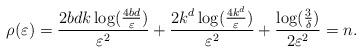
LaTeX: \begin{align*} \rho(\varepsilon) = \frac{2bdk\log( \frac{4bd}{\varepsilon})}{\varepsilon^2}+\frac{2k^d\log( \frac{4k^d}{\varepsilon})}{\varepsilon^2}+\frac{\log(\frac{3}{\delta})}{2\varepsilon^2} =n. \end{align*}